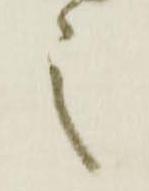
言